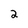
Character: 2